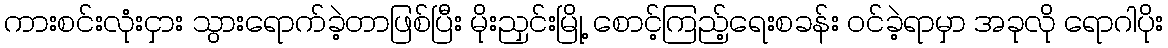
ကားစင်းလုံးငှား သွားရောက်ခဲ့တာဖြစ်ပြီး မိုးညှင်းမြို့ စောင့်ကြည့်ရေးစခန်း ဝင်ခဲ့ရာမှာ အခုလို ရောဂါပိုး